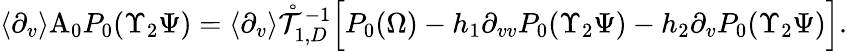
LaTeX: \begin{array}{r}{\langle\partial_{v}\rangle\mathrm{A}_{0}P_{0}(\Upsilon_{2}\Psi)=\langle\partial_{v}\rangle\mathring{\mathcal{T}}_{1,D}^{-1}\Big[P_{0}(\Omega)-h_{1}\partial_{vv}P_{0}(\Upsilon_{2}\Psi)-h_{2}\partial_{v}P_{0}(\Upsilon_{2}\Psi)\Big].}\end{array}